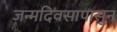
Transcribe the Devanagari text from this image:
जन्मदिवसापासुन